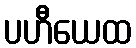
ပဟီယေထ